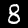
Label: 8